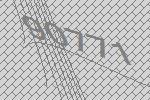
90771